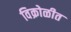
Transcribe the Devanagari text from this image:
विक्रोळीत